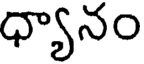
ధ్యానం